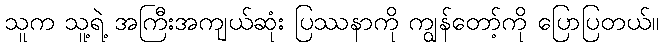
သူက သူ့ရဲ့ အကြီးအကျယ်ဆုံး ပြဿနာကို ကျွန်တော့်ကို ပြောပြတယ်။